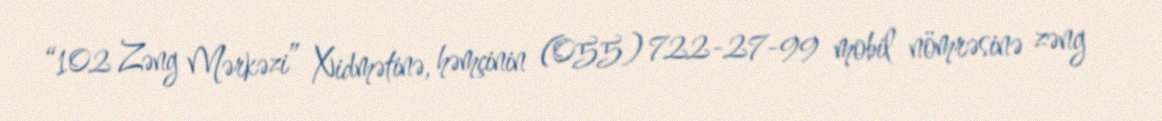
“102 Zəng Mərkəzi” Xidmətinə, həmçinin (055) 722-27-99 mobil nömrəsinə zəng